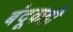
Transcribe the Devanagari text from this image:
बंदूकही